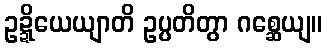
ဥဍ္ဍိယေယျာတိ ဥပ္ပတိတွာ ဂစ္ဆေယျ။